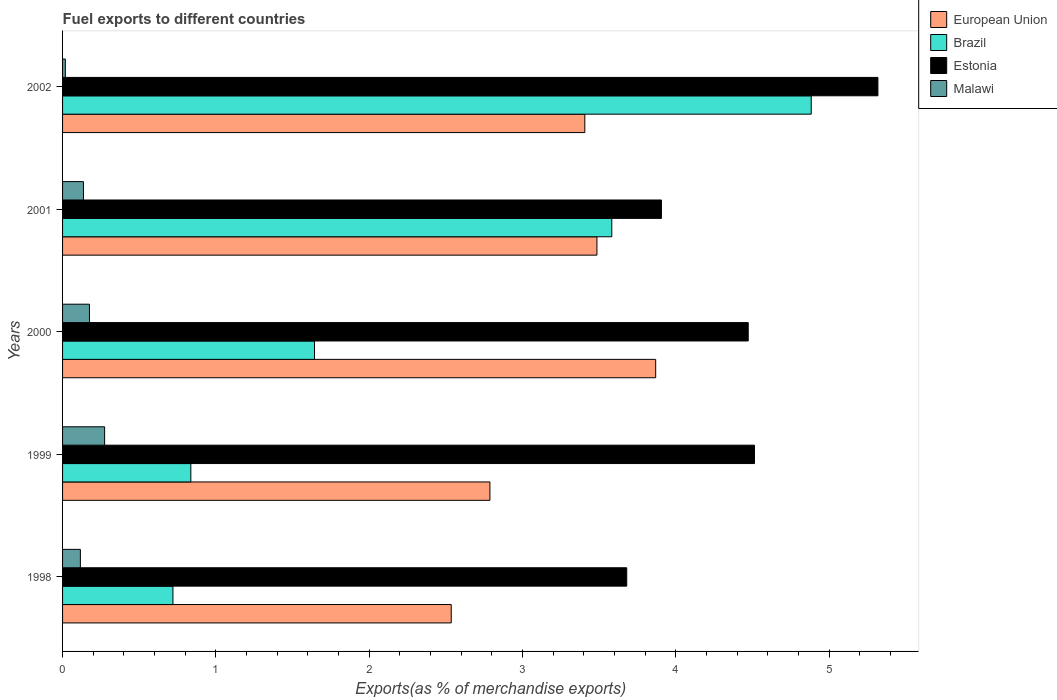
| Years | European Union | Brazil | Estonia | Malawi |
 | --- | --- | --- | --- | --- |
 | 1998 | 2.54 | 0.72 | 3.68 | 0.116 |
 | 1999 | 2.79 | 0.837 | 4.51 | 0.274 |
 | 2000 | 3.87 | 1.64 | 4.47 | 0.175 |
 | 2001 | 3.49 | 3.58 | 3.91 | 0.136 |
 | 2002 | 3.41 | 4.88 | 5.32 | 0.018 |